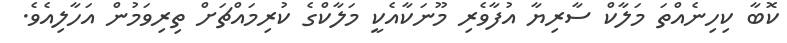
ކޮބާ ކިހިނެއްތަ މަލާކް ސާރިޔާ އުފާވެރި މޫނަކާއެކީ މަލާކްގެ ކުރިމައްޗަށް ތިރިވަމުން އަހާލިއެވެ.